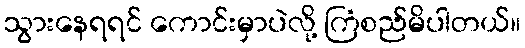
သွားနေရရင် ကောင်းမှာပဲလို့ ကြံစည်မိပါတယ်။